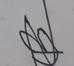
Signature authenticity: forged